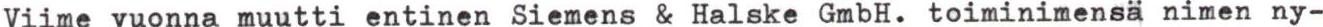
Viime vuonna muutti entinen Siemens & Halske GmbH. toiminimensä nimen ny-